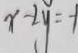
x - 2 y = - 1